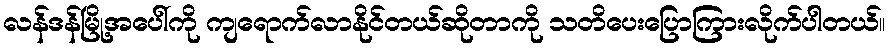
လန်ဒန်မြို့အပေါ်ကို ကျရောက်လာနိုင်တယ်ဆိုတာကို သတိပေးပြောကြားလိုက်ပါတယ်။